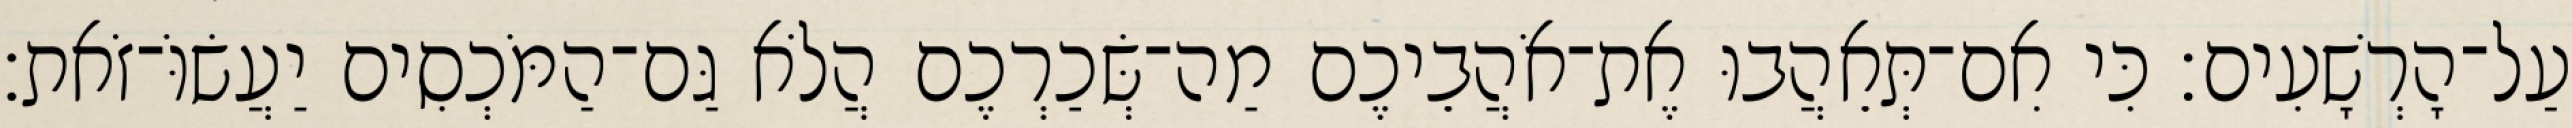
עַל־הָרְשָׁעִים׃ כִּי אִם־תְּאֵהֲבוּ אֶת־אֹהֲבֵיכֶם מַה־שְּׂכַרְכֶם הֲלֹא גַּם־הַמֹּכְסִים יַעֲשׂוֹּ־זֹאת׃